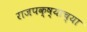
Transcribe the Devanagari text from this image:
राजपक्ष्याच्या